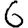
Digit: 6